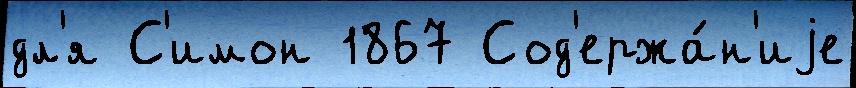
дл'я С'имон 1867 Сод'ержа́н'иjе